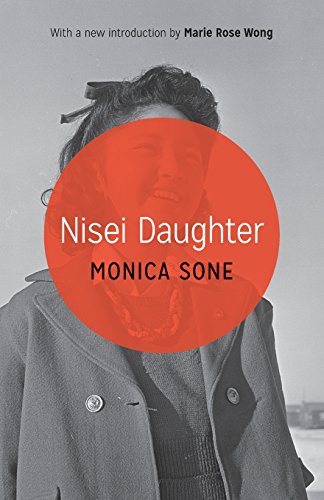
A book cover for Nisei Daughter (Classics of Asian American Literature); Monica Sone; Biographies & Memoirs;